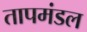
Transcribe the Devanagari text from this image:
तापमंडल